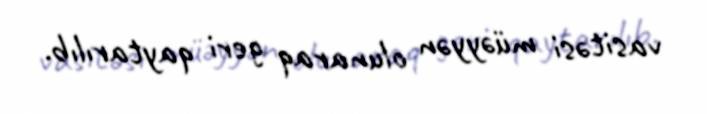
vasitəsi müəyyən olunaraq geri qaytarılıb.